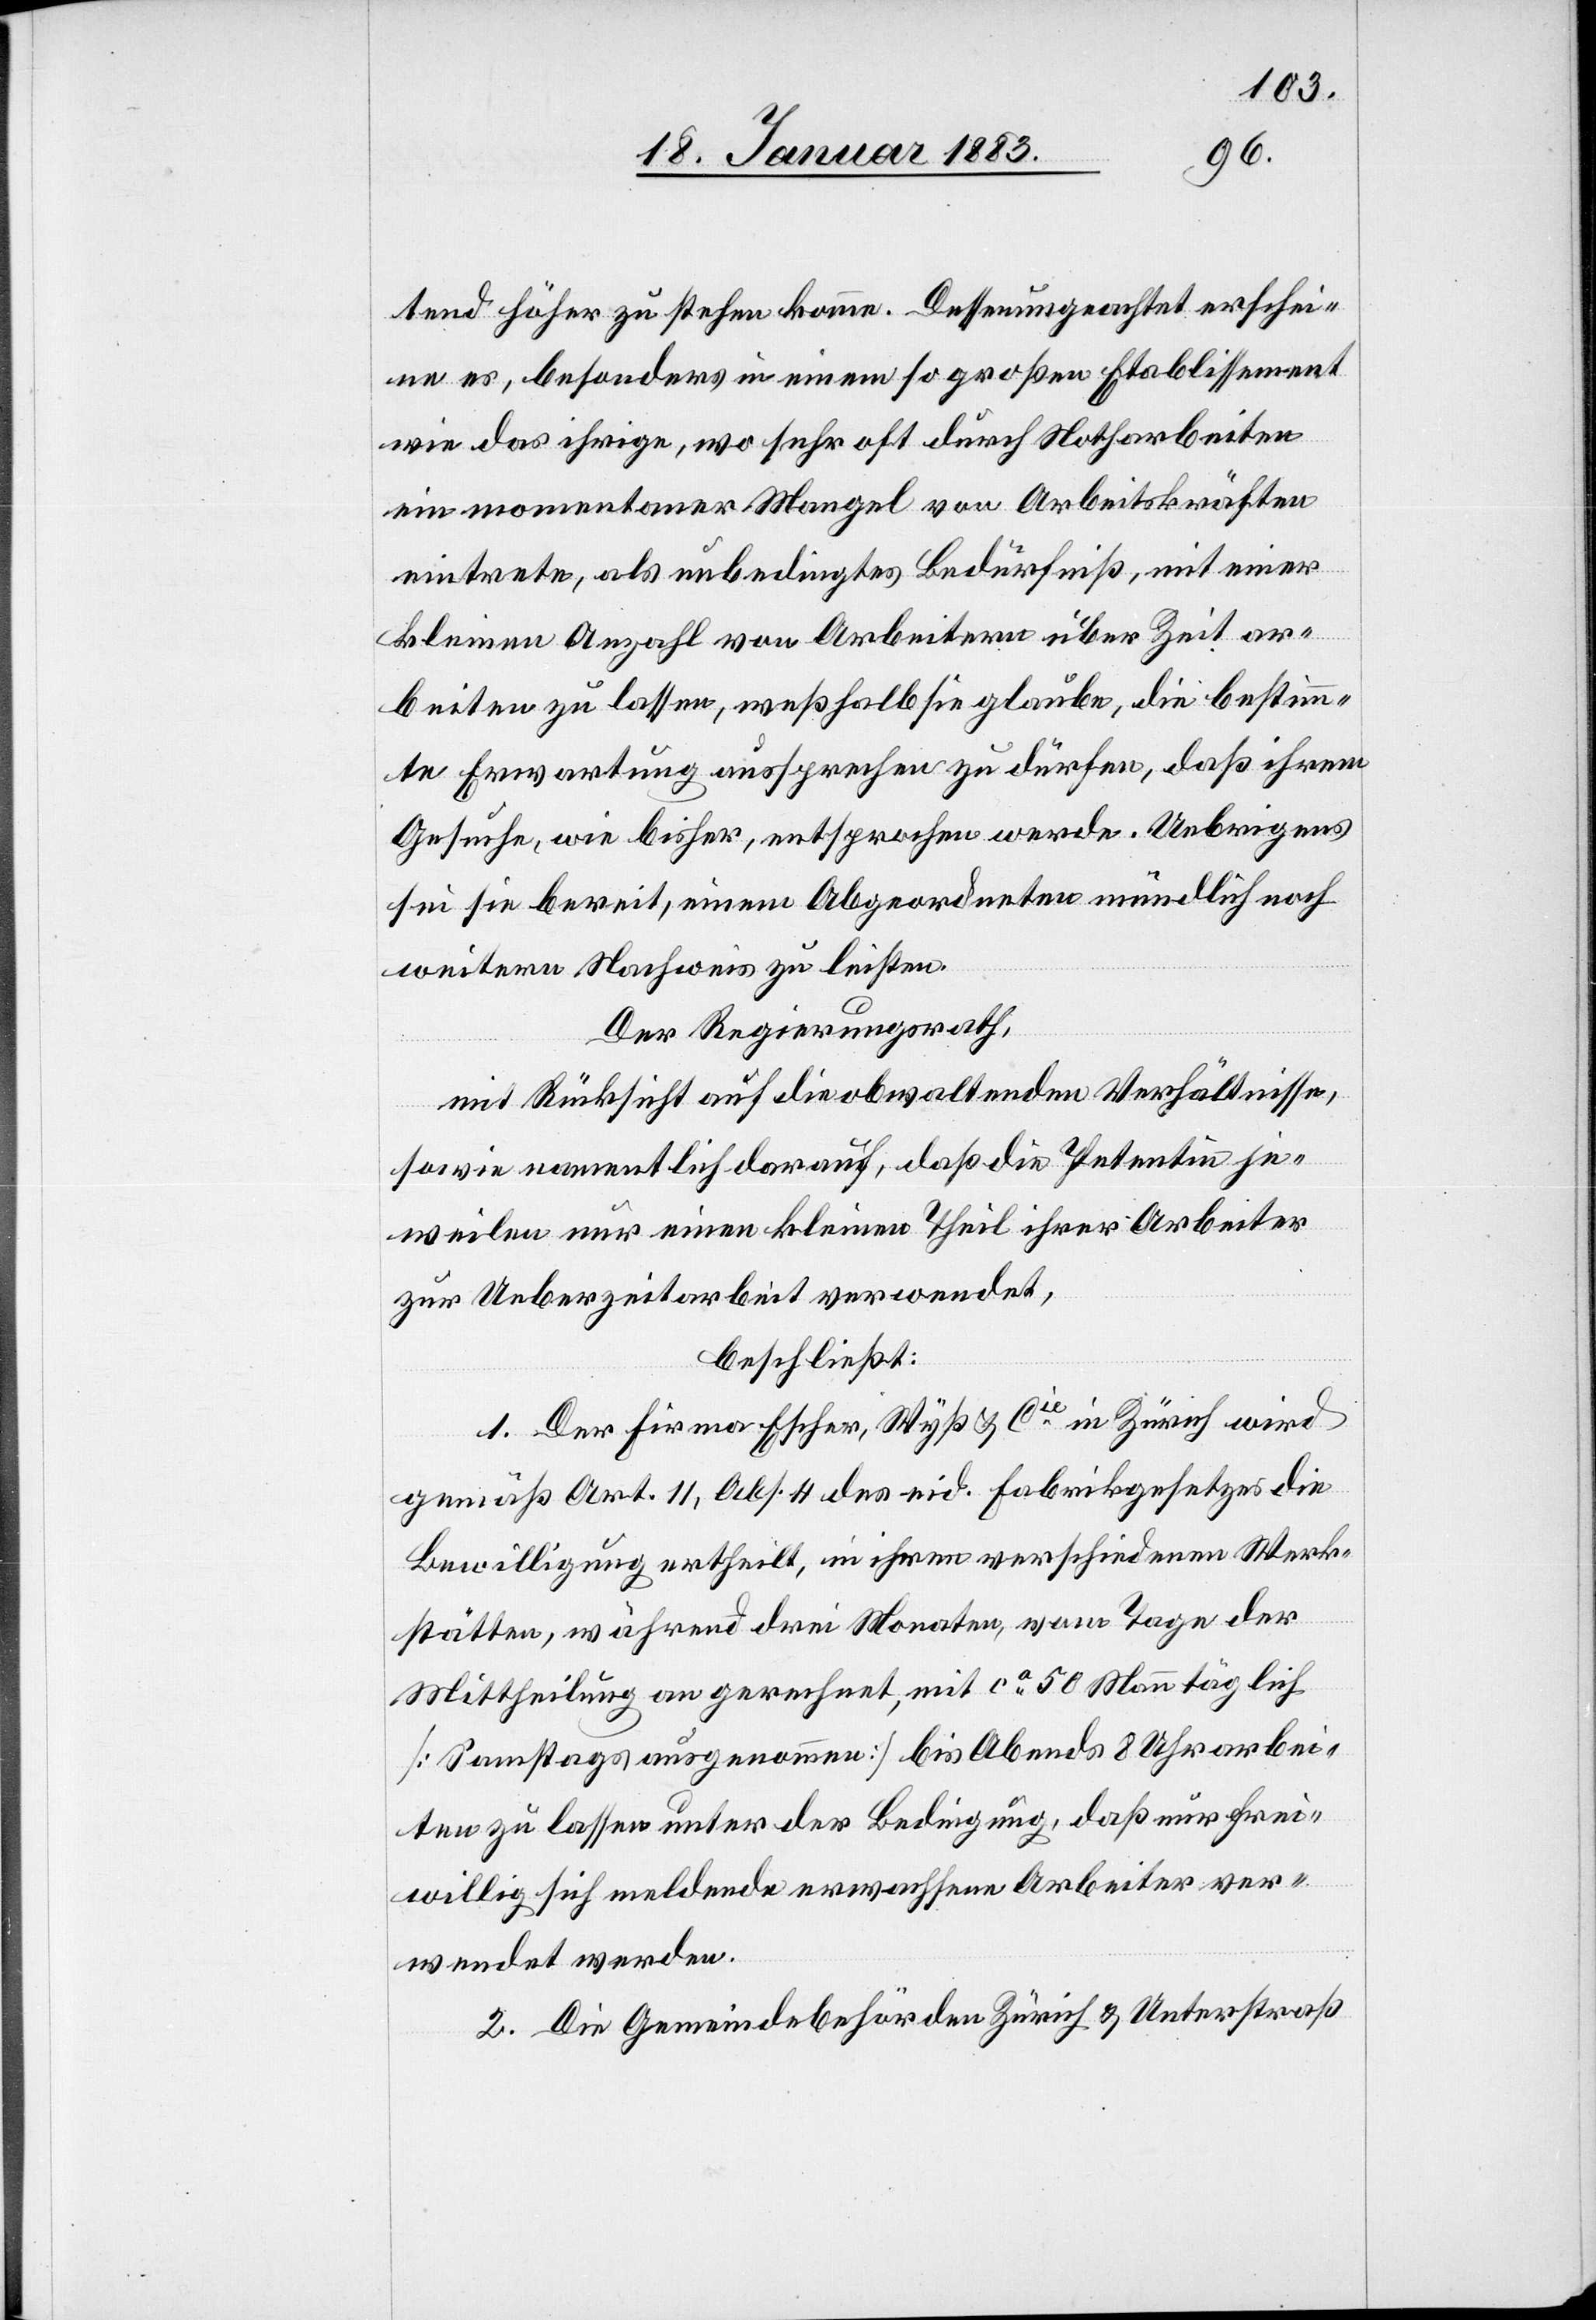
tend höher zu stehen komme. Dessenungeachtet erschei¬
ne es, besonders in einem so großen Etablissement
wie das ihrige, wo sehr oft durch Notharbeiten
ein momentaner Mangel von Arbeitskräften
eintrete, als unbedingtes Bedürfniß, mit einer
kleinen Anzahl von Arbeitern über Zeit ar¬
beiten zu lassen, weßhalb sie glaube, die bestimm¬
te Erwartung aussprechen zu dürfen, daß ihrem
Gesuche, wie bisher, entsprochen werde. Uebrigens
sei sie bereit, einem Abgeordneten mündlich noch
weitern Nachweis zu leisten.
Der Regierungsrath,
mit Rücksicht auf die obwaltenden Verhältnisse,
sowie namentlich darauf, daß die Petentin je¬
weilen nur einen kleinen Theil der Arbeiter
zur Ueberzeitarbeit verwendet,
beschließt:
1. Der Firma Escher, Wyß & Cie in Zürich wird
gemäß Art. 11, Abs. 4 des eid. Fabrikgesetzes die
Bewilligung ertheilt, in ihren verschiedenen Werk¬
stätten, während drei Monaten, vom Tage der
Mittheilung an gerechnet, mit ca 50 Mann täglich
[Samstags ausgenommen] bis Abends 8 Uhr arbei¬
ten zu lassen unter der Bedingung, daß nur frei¬
willig sich meldende erwachsene Arbeiter ver¬
wendet werden.
2. Die Gemeindebehörden Zürich & Unterstraß